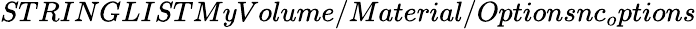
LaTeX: STRINGLISTMyVolume/Material/Optionsnc_{o}ptions